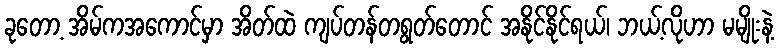
ခုတော့ အိမ်ကအကောင်မှာ အိတ်ထဲ ကျပ်တန်တရွတ်တောင် အနိုင်နိုင်ရယ်၊ ဘယ့်လိုဟာ မမျိုးနဲ့